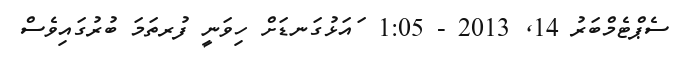
ސެޕްޓެމްބަރު 14